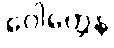
ဂေါတ္တေန